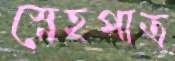
স্নেহপাত্র